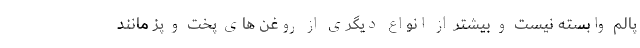
پالم وابسته نیست و بیشتر از انواع دیگری از روغن های پخت و پز مانند